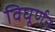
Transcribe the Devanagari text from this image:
विघूर्णन